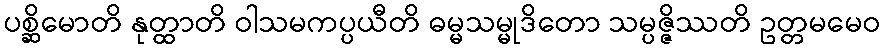
ပစ္ဆိမောတိ နုတ္ထာတိ ဝါသမကပ္ပယီတိ ဓမ္မသမ္မုဒိတော သမ္ပဇ္ဇိဿတိ ဥတ္တမမေဝ